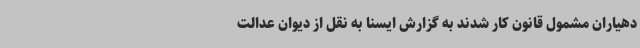
دهیاران مشمول قانون کار شدند به گزارش ایسنا به نقل از دیوان عدالت